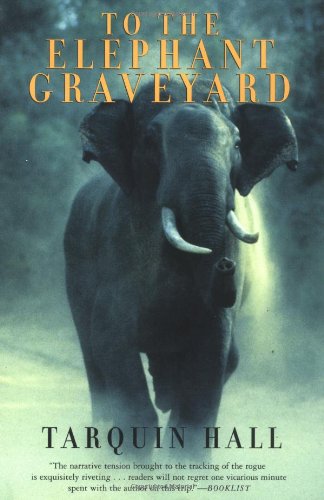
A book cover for To the Elephant Graveyard; Tarquin Hall; Travel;